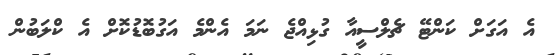
އެ އަގަށް ކަންޓޭ ޗެލްސީއާ ގުޅިއްޖެ ނަމަ އެންމެ އަގުބޮޑުކޮށް އެ ކްލަބުން